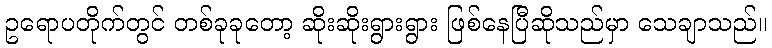
ဥရောပတိုက်တွင် တစ်ခုခုတော့ ဆိုးဆိုးရွားရွား ဖြစ်နေပြီဆိုသည်မှာ သေချာသည်။